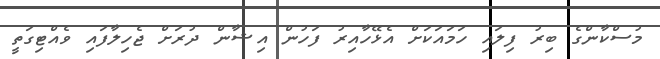
މުސްކާންގެ ބިރު ފިލައި ހަމައަކަށް އެޅޭހާއިރު ފަހުން އިޝާން ދުރަށް ޖެހިލާފައި ވެއްޓިގަތީ